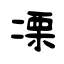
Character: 凓